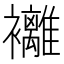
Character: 䙰